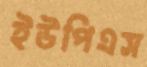
ইউপিএস